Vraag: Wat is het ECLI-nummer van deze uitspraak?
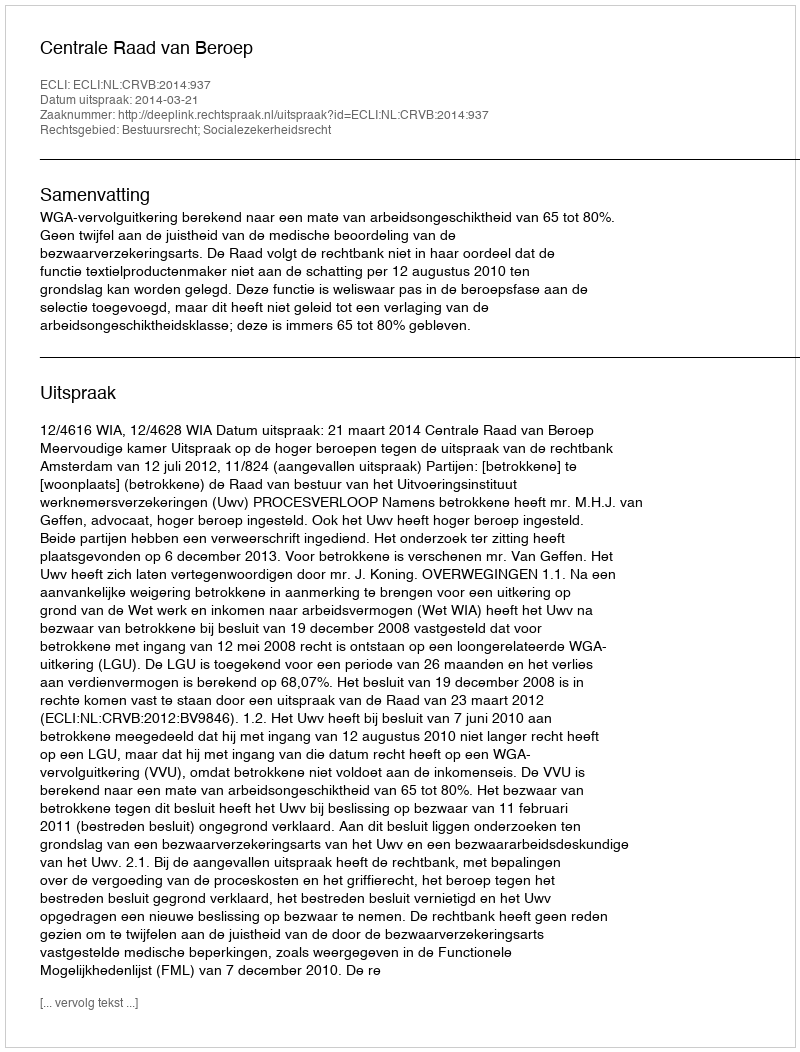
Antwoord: ECLI:NL:CRVB:2014:937